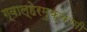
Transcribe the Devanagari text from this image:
ग्वाल्हेरमुक्कामी